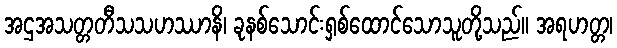
အဌအသတ္တတီသသဟဿာနိ၊ ခုနစ်သောင်းရှစ်ထောင်သောသူတို့သည်။ အရဟတ္တ၊